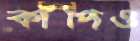
কাঁপিও